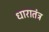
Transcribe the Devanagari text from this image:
धारातंत्र